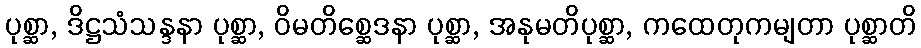
ပုစ္ဆာ, ဒိဋ္ဌသံသန္ဒနာ ပုစ္ဆာ, ဝိမတိစ္ဆေဒနာ ပုစ္ဆာ, အနုမတိပုစ္ဆာ, ကထေတုကမျတာ ပုစ္ဆာတိ